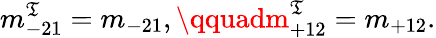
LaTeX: m_{-21}^{\mathfrak{T}}=m_{-21},\qquadm_{+12}^{\mathfrak{T}}=m_{+12}.